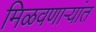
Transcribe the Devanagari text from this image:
मिळवणाऱ्यांत